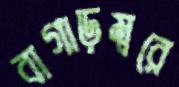
বাগাড়ম্বরে